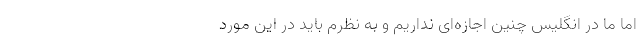
اما ما در انگلیس چنین اجازه‌ای نداریم و به نظرم باید در این مورد